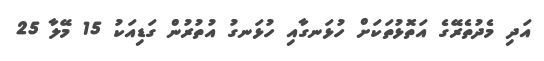
އަދި މެދުތެރޭގެ އަތޮޅުތަކަށް ހުޅަނގާއި ހުޅަނގު އުތުރުން ގަޑިއަކު 15 މޭލާ 25